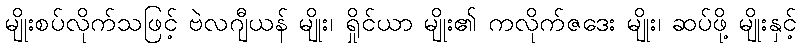
မျိုးစပ်လိုက်သဖြင့် ဗဲလဂျီယန် မျိုး၊ ရှိုင်ယာ မျိုး၏ ကလိုက်ဇဒေး မျိုး၊ ဆပ်ဖို့ မျိုးနှင့်